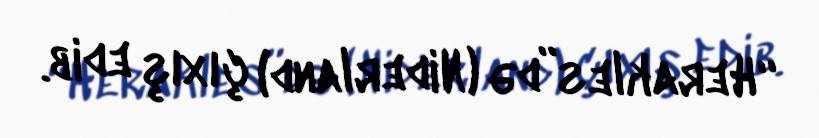
“Herakles”də (Niderland) çıxış edib.